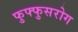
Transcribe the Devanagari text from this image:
फुफ्फुसरोग